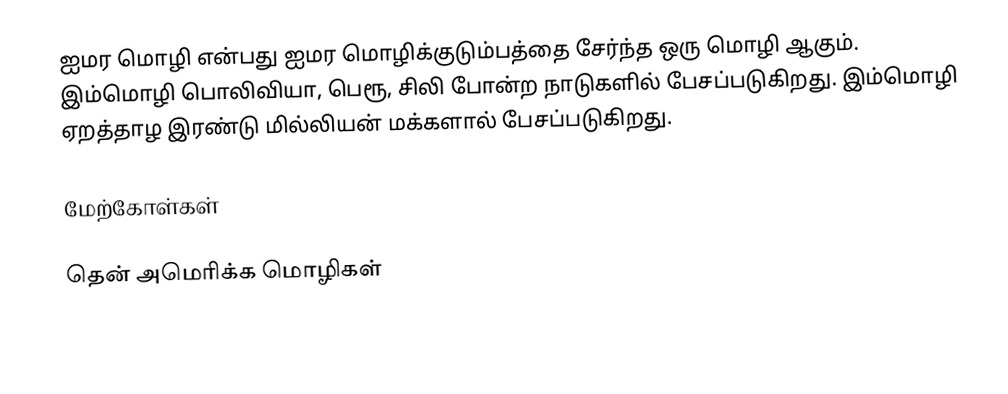
ஐமர மொழி என்பது ஐமர மொழிக்குடும்பத்தை சேர்ந்த ஒரு மொழி ஆகும். இம்மொழி பொலிவியா, பெரூ, சிலி போன்ற நாடுகளில் பேசப்படுகிறது. இம்மொழி ஏறத்தாழ இரண்டு மில்லியன் மக்களால் பேசப்படுகிறது.

மேற்கோள்கள்

தென் அமெரிக்க மொழிகள்